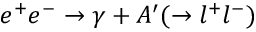
e ^ { + } e ^ { - } \rightarrow \gamma + A ^ { \prime } ( \rightarrow l ^ { + } l ^ { - } )